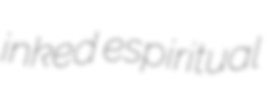
inked espiritual